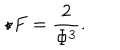
\star F = \frac { 2 } { \Phi ^ { 3 } } .